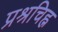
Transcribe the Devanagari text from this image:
प्रश्रचिह्न